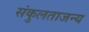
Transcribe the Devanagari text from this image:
संकुलताजन्य